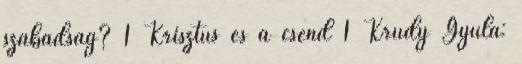
szabadság? 1 Krisztus és a csend 1 Krúdy Gyula: